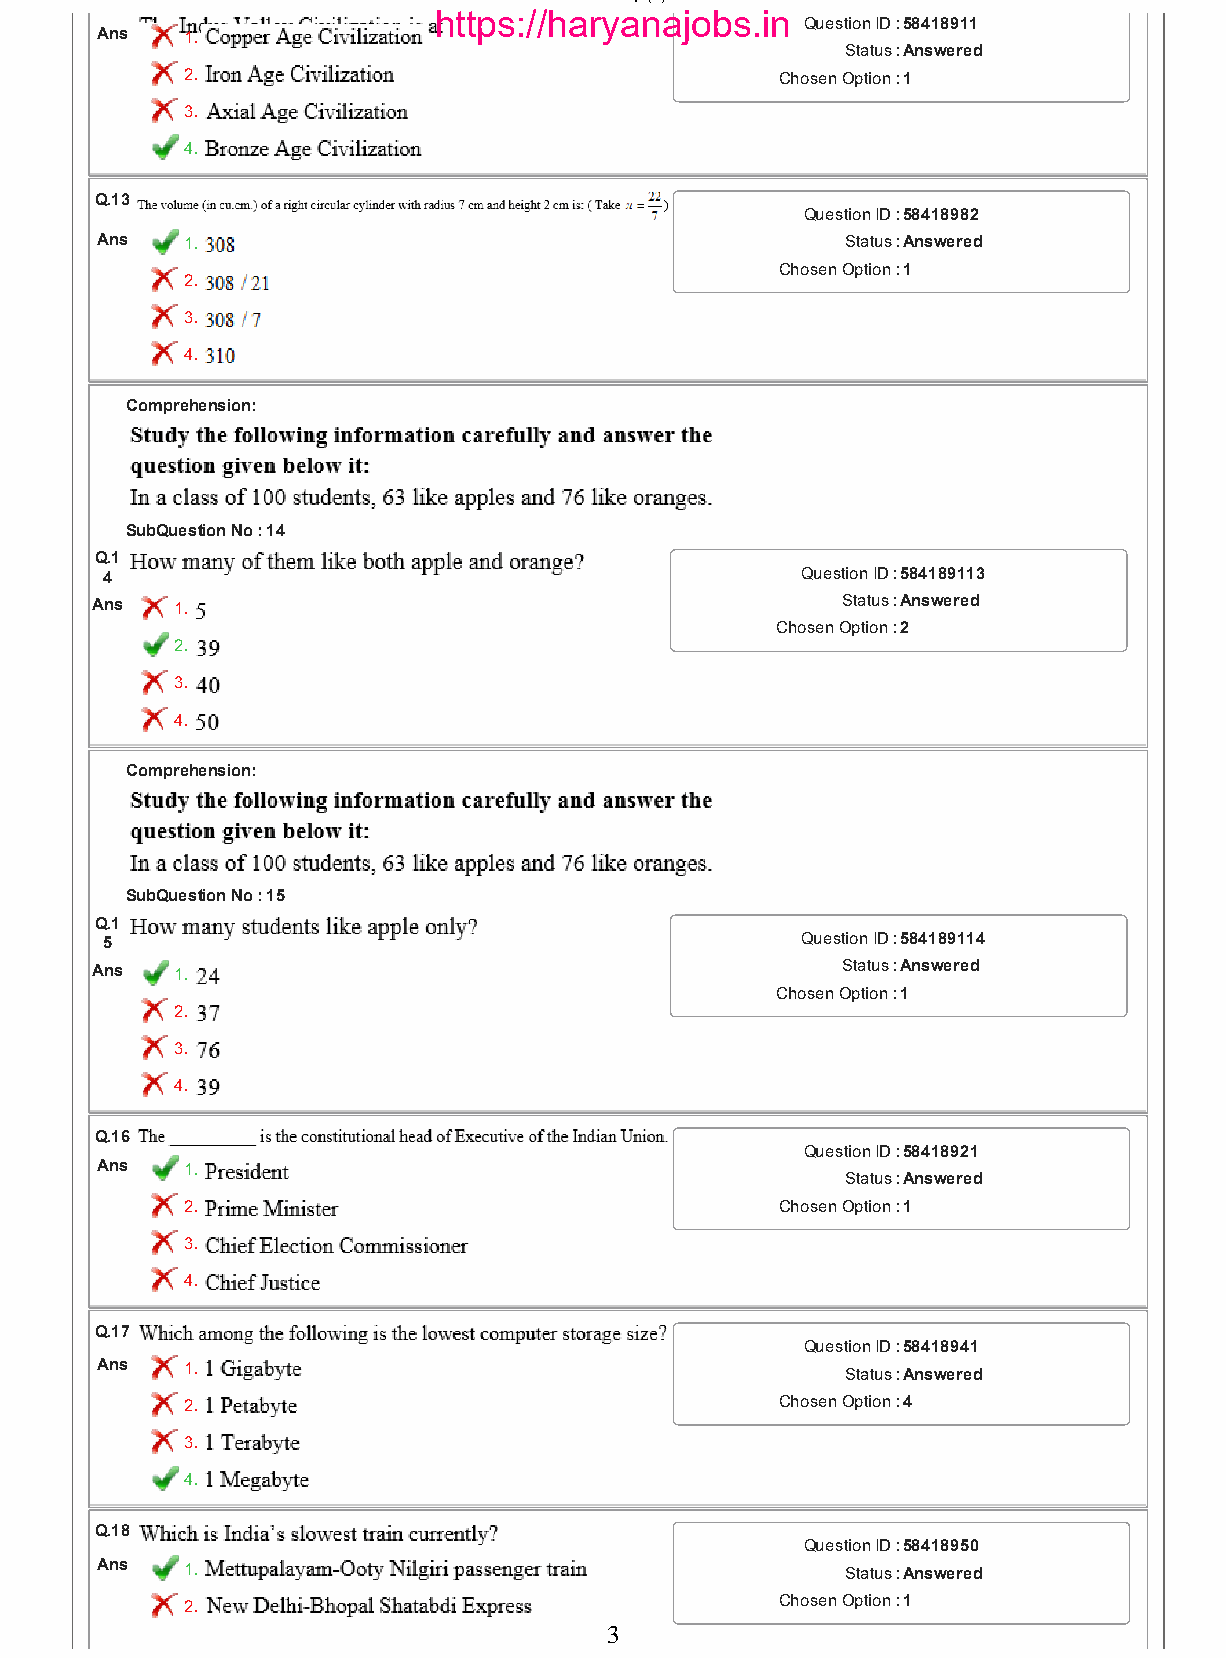
26/01/2017                           Qp (5).html
 https://haryanajobs.in
 Question ID :58418911
 Ans  1.
 Status :Answered
 2.                                      Chosen Option :1
 3.
 4.
 Q.13
 Question ID :58418982
 Ans  1.                                          Status :Answered
 Chosen Option :1
 2.
 3.
 4.
 Comprehension:
 SubQuestion No : 14
 Q.1
 4                                             Question ID :584189113
 Ans   1.                                          Status :Answered
 Chosen Option :2
 2.
 3.
 4.
 Comprehension:
 SubQuestion No : 15
 Q.1
 5                                             Question ID :584189114
 Ans   1.                                          Status :Answered
 Chosen Option :1
 2.
 3.
 4.
 Q.16
 Question ID :58418921
 Ans  1.
 Status :Answered
 2.                                      Chosen Option :1
 3.
 4.
 Q.17
 Question ID :58418941
 Ans  1.                                          Status :Answered
 2.                                      Chosen Option :4
 3.
 4.
 Q.18
 Question ID :58418950
 Ans  1.                                          Status :Answered
 2.                                      Chosen Option :1
 3
 file:///C:/Users/Narottam%20Vats/Downloads/Qp%20(5).html                 3/19